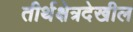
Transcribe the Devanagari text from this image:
तीर्थक्षेत्रदेखील